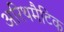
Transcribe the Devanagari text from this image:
अरिथमैटिक